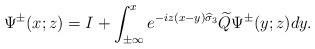
LaTeX: \begin{align*}\Psi^{\pm}(x;z)=I+\int_{\pm \infty}^xe^{-iz(x-y)\widehat{\sigma}_3}\widetilde{Q}\Psi^{\pm}(y;z)dy.\end{align*}